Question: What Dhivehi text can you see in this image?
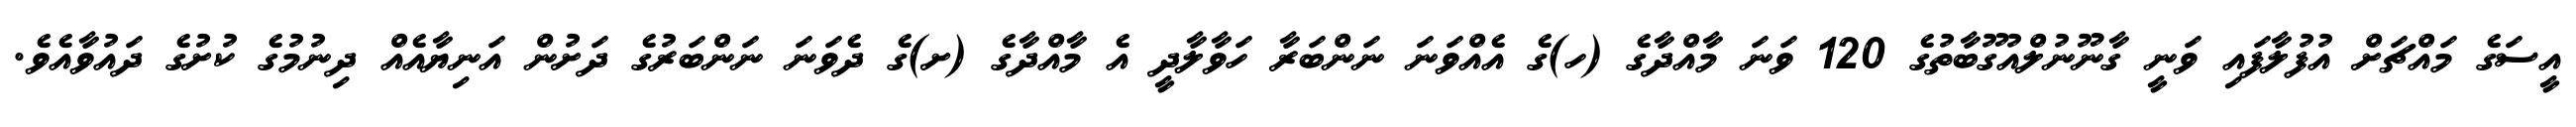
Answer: އީސަގެ މައްޗަށް އުފުލާފައި ވަނީ ގާނޫނުލްއުގޫބާތުގެ 120 ވަނަ މާއްދާގެ (ހ)ގެ އެއްވަނަ ނަންބަރާ ހަވާލާދީ އެ މާއްދާގެ (ށ)ގެ ދެވަނަ ނަންބަރުގެ ދަށުން އަނިޔާއެއް ދިނުމުގެ ކުށުގެ ދައުވާއެވެ.